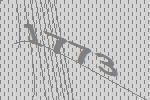
1773